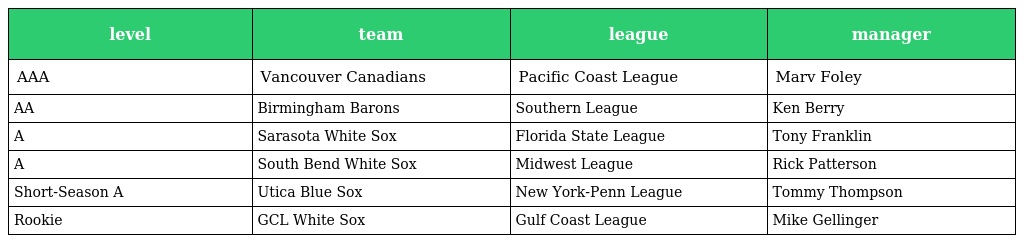
| level | team | league | manager |
 | --- | --- | --- | --- |
 | AAA | Vancouver Canadians | Pacific Coast League | Marv Foley |
 | AA | Birmingham Barons | Southern League | Ken Berry |
 | A | Sarasota White Sox | Florida State League | Tony Franklin |
 | A | South Bend White Sox | Midwest League | Rick Patterson |
 | Short-Season A | Utica Blue Sox | New York-Penn League | Tommy Thompson |
 | Rookie | GCL White Sox | Gulf Coast League | Mike Gellinger |